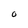
Character: o